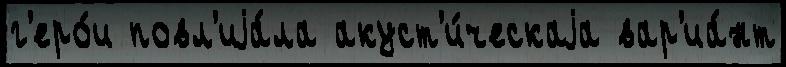
г'еро́и повл'иjа́ла акуст'и́ческаjа вар'иа́нт